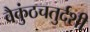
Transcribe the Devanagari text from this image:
वैकुंठचतुर्दशी